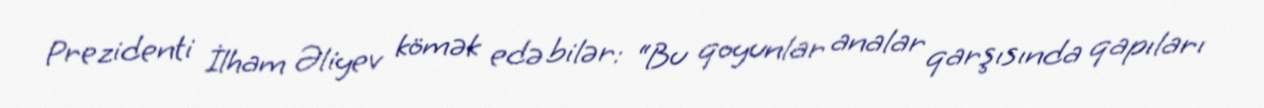
Prezidenti İlham Əliyev kömək edə bilər: “Bu qoyunlar analar qarşısında qapıları